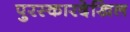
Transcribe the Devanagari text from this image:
पुरस्कारदेखिल